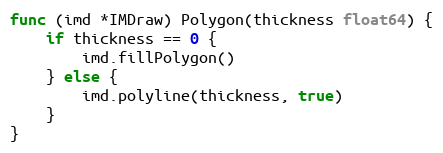
Language: Go
func (imd *IMDraw) Polygon(thickness float64) {
	if thickness == 0 {
		imd.fillPolygon()
	} else {
		imd.polyline(thickness, true)
	}
}